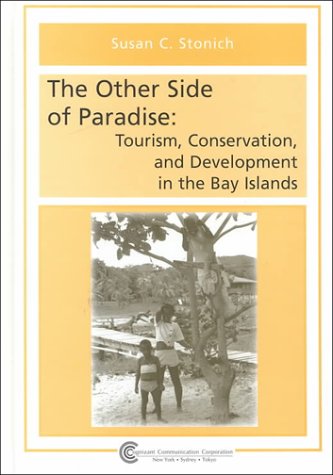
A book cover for The Other Side of Paradise: Tourism, Conservation and Development in the Bay Islands (Tourism Dynamics); Susan C. Stonich; Travel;